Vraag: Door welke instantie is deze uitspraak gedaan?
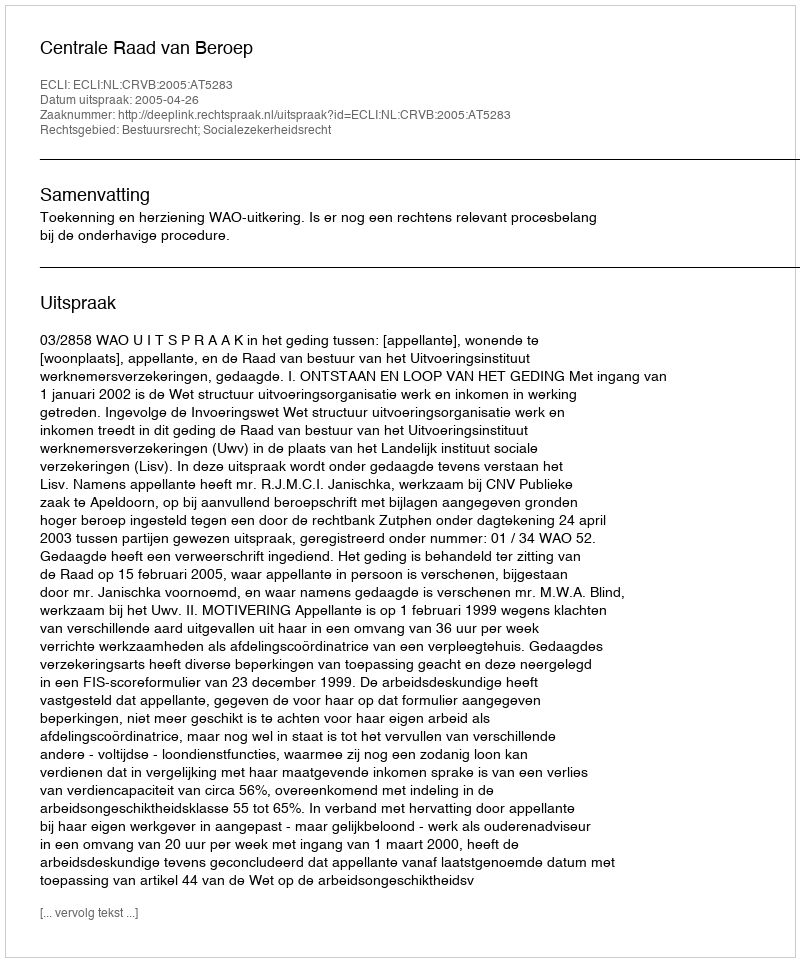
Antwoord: Centrale Raad van Beroep